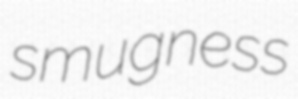
smugness